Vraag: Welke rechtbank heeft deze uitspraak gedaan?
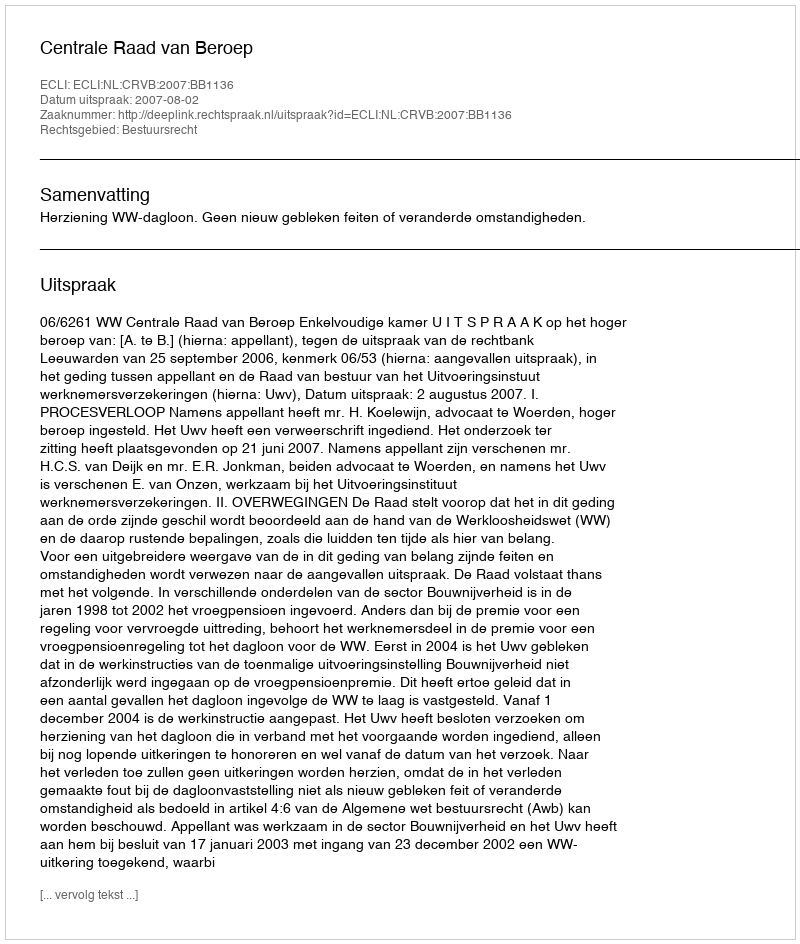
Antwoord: Centrale Raad van Beroep